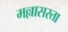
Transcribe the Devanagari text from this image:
मल्लासरता